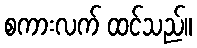
စကားလက် ထင်သည်။